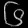
Digit: ၆